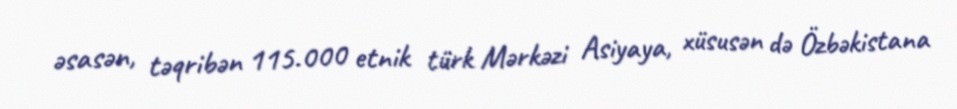
əsasən, təqribən 115.000 etnik türk Mərkəzi Asiyaya, xüsusən də Özbəkistana